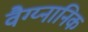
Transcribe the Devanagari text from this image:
वैग्य्नानिक